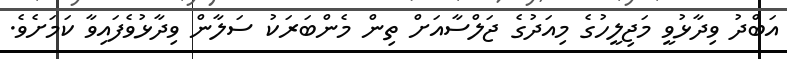
އަބްދު ވިދާޅުވީ މަޖިލީހުގެ މިއަދުގެ ޖަލްސާއަށް ތިން މެންބަރަކު ސަލާން ވިދާޅުވެފައިވާ ކަމަށެވެ.